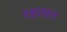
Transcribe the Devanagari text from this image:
रहतात